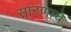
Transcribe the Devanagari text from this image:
सारणाचे